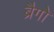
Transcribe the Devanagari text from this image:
ब्रैगो